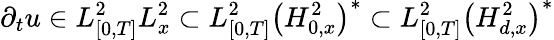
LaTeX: \partial_{t}u\in L_{[0,T]}^{2}L_{x}^{2}\subset L_{[0,T]}^{2}\left(H_{0,x}^{2}\right)^{*}\subset L_{[0,T]}^{2}\left(H_{d,x}^{2}\right)^{*}